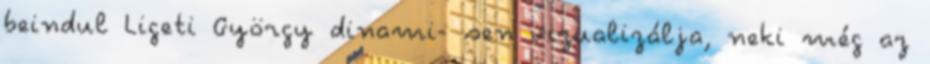
beindul Ligeti György dinami- sen vizualizálja, neki még az